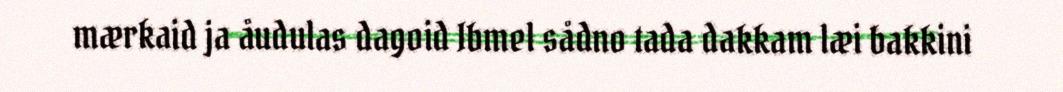
mærkaid ja åudulas dagoid Ibmel sådno tada dakkam læi bakkini